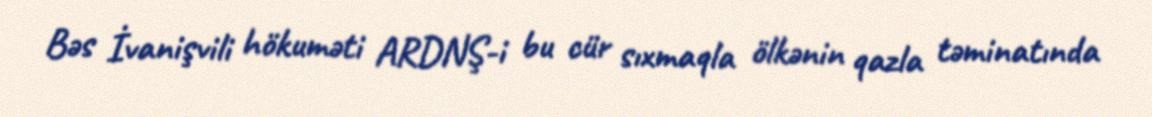
Bəs İvanişvili hökuməti ARDNŞ-i bu cür sıxmaqla ölkənin qazla təminatında